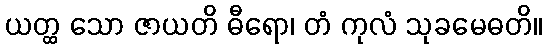
ယတ္ထ သော ဇာယတိ ဓီရော၊ တံ ကုလံ သုခမေဓတိ။